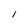
Character: I